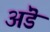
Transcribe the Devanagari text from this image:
अंडॆ